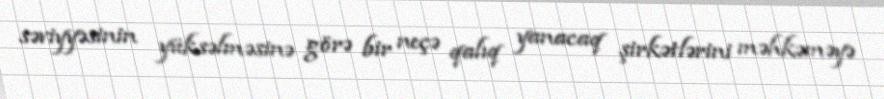
səviyyəsinin yüksəlməsinə görə bir neçə qalıq yanacaq şirkətlərini məhkəməyə